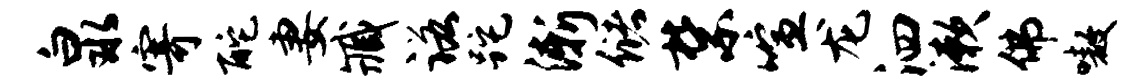
泉寄酡妻臧诺跎渐储禁喧龙泗漱佛嗷